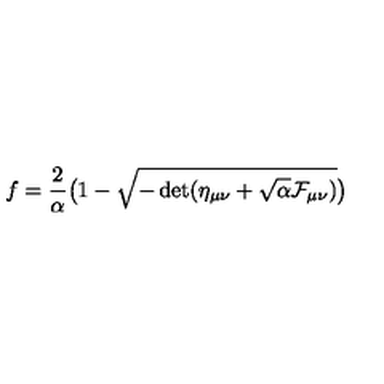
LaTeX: f = { \frac { 2 } { \alpha } } \bigl ( 1 - \sqrt { - \det ( \eta _ { \mu \nu } + \sqrt { \alpha } { \cal F } _ { \mu \nu } ) } \bigr )